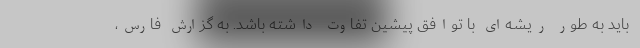
باید به طور ریشه‌ای با توافق پیشین تفاوت داشته باشد. به گزارش فارس،